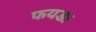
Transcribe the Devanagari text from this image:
फयडा